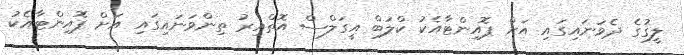
ލީގުގެ ދެވަނައިގައި އަށް ޕޮއިންޓާއެކު ކްލަބް އީގަލްސް އޮތްއިރު ތިންވަނައިގައި އަށް ޕޮއިންޓާއެކު